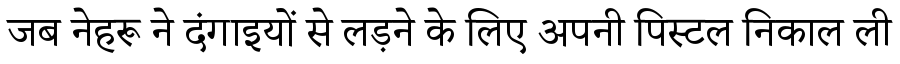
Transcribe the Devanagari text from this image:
जब नेहरू ने दंगाइयों से लड़ने के लिए अपनी पिस्टल निकाल ली